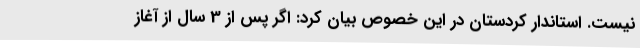
نیست. استاندار کردستان در این خصوص بیان کرد: اگر پس از 3 سال از آغاز